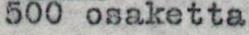
500 osaketta